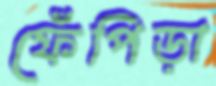
ফেঁপিড়া